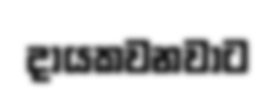
දායකවනවාට